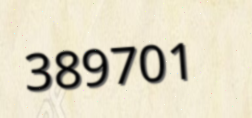
389701